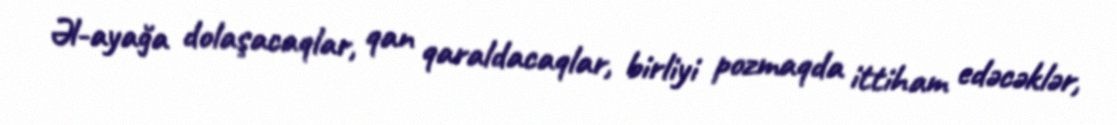
Əl-ayağa dolaşacaqlar, qan qaraldacaqlar, birliyi pozmaqda ittiham edəcəklər,